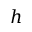
h